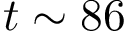
t \sim 8 6